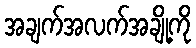
အချက်အလက်အချို့ကို